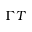
\Gamma T